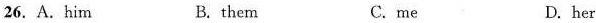
26.A.him B. them C.me D. her